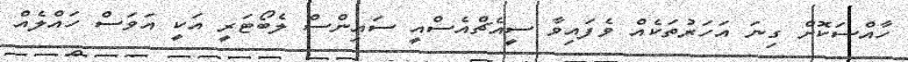
ހާއްސަކޮށް ގިނަ އަހަރުތަކެއް ވެފައިވާ ސީއެޗްއެސްއީ ސައިންސް ލެބޯޓަރީ އަކީ އަވަަސް ހައްލެއް